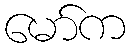
မော်က